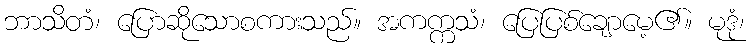
ဘာသိတံ၊ ပြောဆိုသောစကားသည်။ အကက္ကသံ၊ ပြေပြစ်ချောမေ့၏။ မုဒုံ၊